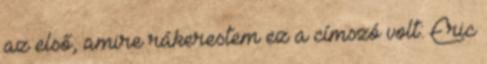
az első, amire rákerestem ez a címszó volt: Eric